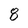
Character: 8